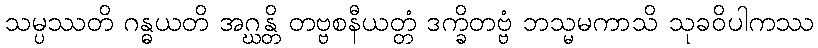
သမ္ပဿတိ ဂန္ဓယတိ အဂ္ဃန္တိ တဗ္ဗစနီယတ္တံ ဒက္ခိတဗ္ဗံ ဘသ္မမကာသိ သုခဝိပါကဿ